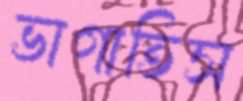
ভাগাতিস